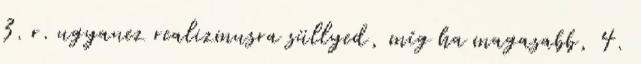
3. r. ugyanez realizmusra süllyed, míg ha magasabb, 4.